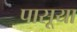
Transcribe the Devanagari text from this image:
पासूया